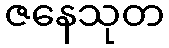
ဇနေသုတ